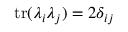
\mathrm { t r } ( \lambda _ { i } \lambda _ { j } ) = 2 \delta _ { i j }